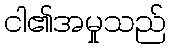
ငါ၏အမှုသည်